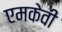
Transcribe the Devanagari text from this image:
एमकेवी